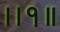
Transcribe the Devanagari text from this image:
।।१॥